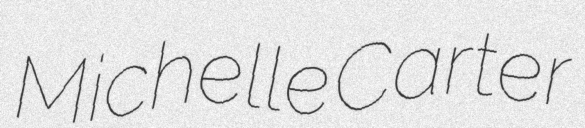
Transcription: Michelle Carter